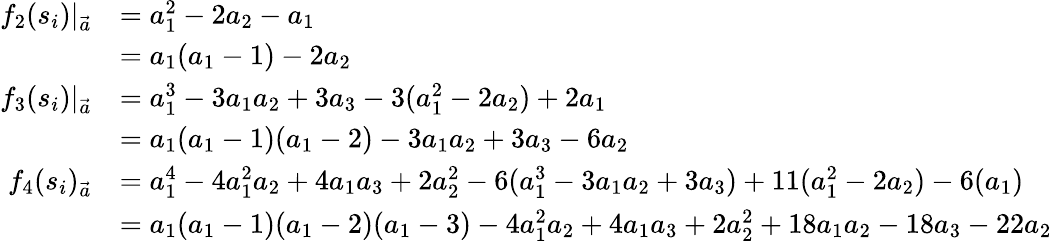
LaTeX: \begin{array}{rl}{f_{2}(s_{i})|_{\vec{a}}}&{=a_{1}^{2}-2a_{2}-a_{1}}\\ &{=a_{1}(a_{1}-1)-2a_{2}}\\ {f_{3}(s_{i})|_{\vec{a}}}&{=a_{1}^{3}-3a_{1}a_{2}+3a_{3}-3(a_{1}^{2}-2a_{2})+2a_{1}}\\ &{=a_{1}(a_{1}-1)(a_{1}-2)-3a_{1}a_{2}+3a_{3}-6a_{2}}\\ {f_{4}(s_{i})_{\vec{a}}}&{=a_{1}^{4}-4a_{1}^{2}a_{2}+4a_{1}a_{3}+2a_{2}^{2}-6(a_{1}^{3}-3a_{1}a_{2}+3a_{3})+11(a_{1}^{2}-2a_{2})-6(a_{1})}\\ &{=a_{1}(a_{1}-1)(a_{1}-2)(a_{1}-3)-4a_{1}^{2}a_{2}+4a_{1}a_{3}+2a_{2}^{2}+18a_{1}a_{2}-18a_{3}-22a_{2}}\end{array}